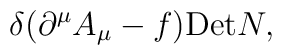
\delta(\partial^{\mu}A_{\mu}-f){\rm Det}N ,